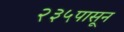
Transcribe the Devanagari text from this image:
२३५पासून